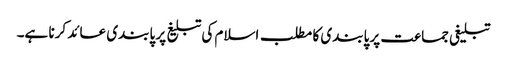
تبلیغی جماعت پر پابندی کا مطلب اسلام کی تبلیغ پر پابندی عائد کرنا ہے۔